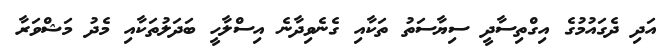
އަދި ދެގައުމުގެ އިގްތިސާދީ ސިޔާސަތު ތަކާއި ގެނެވިދާނެ އިސްލާހީ ބަދަލުތަކާއި މެދު މަޝްވަރާ